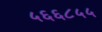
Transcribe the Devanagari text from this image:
५६६८५५